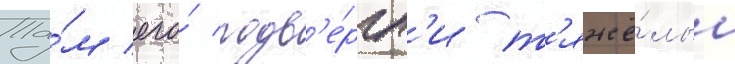
Та́м его́ подв'е́ргл'и т'яжё́лым